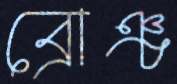
ব্রোঞ্চ